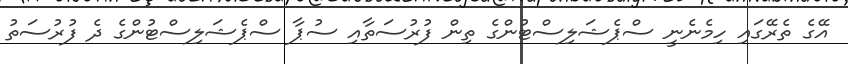
އޭގެ ތެރޭގައި ހިމެނެނީ ސްޕެޝަލިސްޓުންގެ ތިން ފުރުސަތާއި ސުޕާ ސްޕެޝަލިސްޓުންގެ ދެ ފުރުސަތު